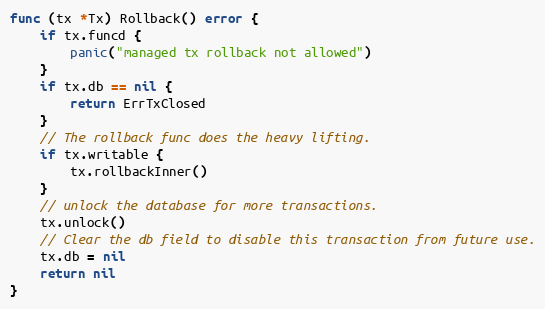
Language: Go
func (tx *Tx) Rollback() error {
	if tx.funcd {
		panic("managed tx rollback not allowed")
	}
	if tx.db == nil {
		return ErrTxClosed
	}
	// The rollback func does the heavy lifting.
	if tx.writable {
		tx.rollbackInner()
	}
	// unlock the database for more transactions.
	tx.unlock()
	// Clear the db field to disable this transaction from future use.
	tx.db = nil
	return nil
}